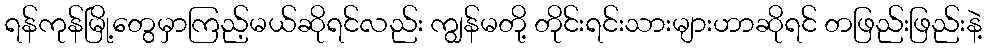
ရန်ကုန်မြို့တွေမှာကြည့်မယ်ဆိုရင်လည်း ကျွန်မတို့ တိုင်းရင်းသားများဟာဆိုရင် တဖြည်းဖြည်းနဲ့